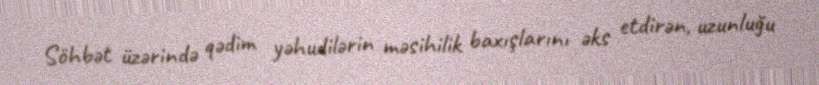
Söhbət üzərində qədim yəhudilərin məsihilik baxışlarını əks etdirən, uzunluğu